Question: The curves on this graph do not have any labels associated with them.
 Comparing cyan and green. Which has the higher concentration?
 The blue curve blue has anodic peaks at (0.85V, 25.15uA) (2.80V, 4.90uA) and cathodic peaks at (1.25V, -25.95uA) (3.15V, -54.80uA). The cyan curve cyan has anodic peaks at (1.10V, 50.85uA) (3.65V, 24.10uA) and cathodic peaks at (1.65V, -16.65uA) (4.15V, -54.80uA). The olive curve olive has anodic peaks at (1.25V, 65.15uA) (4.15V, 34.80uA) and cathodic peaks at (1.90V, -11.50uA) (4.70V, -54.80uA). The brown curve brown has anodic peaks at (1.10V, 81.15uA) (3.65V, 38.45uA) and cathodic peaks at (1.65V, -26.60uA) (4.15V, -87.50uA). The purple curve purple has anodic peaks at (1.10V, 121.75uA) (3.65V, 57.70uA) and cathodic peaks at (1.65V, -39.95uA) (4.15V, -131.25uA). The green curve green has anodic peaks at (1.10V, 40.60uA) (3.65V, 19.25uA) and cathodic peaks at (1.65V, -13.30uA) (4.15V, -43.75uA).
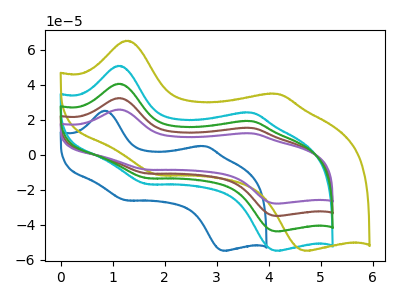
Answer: <think>All the peaks in "cyan" have a peak in "green" at the same potential. Every peak in "cyan" is higher than every peak in "green".
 </think>
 <answer>"cyan" has more signal than "green" and so likely has a higher concentration.</answer>
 <eval>more_concentration</eval>